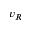
v _ { R }